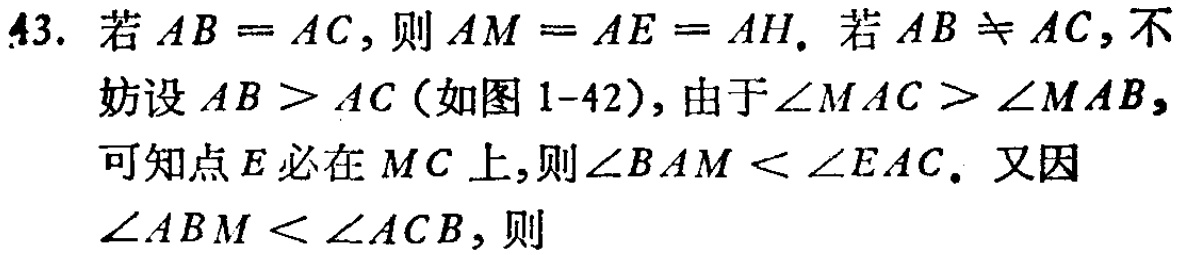
43. 若 \(AB = AC\)，则 \(AM = AE = AH\). 若 \(AB\neq AC\)，不

妨设 \(AB > AC\)（如图1-42），由于\(\angle MAC>\angle MAB\)，

可知点 \(E\) 必在 \(MC\) 上,则\(\angle BAM < \angle EAC\). 又因

\(\angle ABM < \angle ACB\)，则